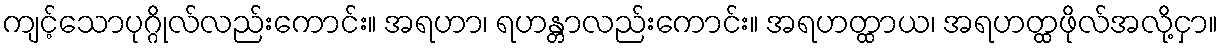
ကျင့်သောပုဂ္ဂိုလ်လည်းကောင်း။ အရဟာ၊ ရဟန္တာလည်းကောင်း။ အရဟတ္ထာယ၊ အရဟတ္ထဖိုလ်အလို့ငှာ။